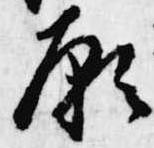
願